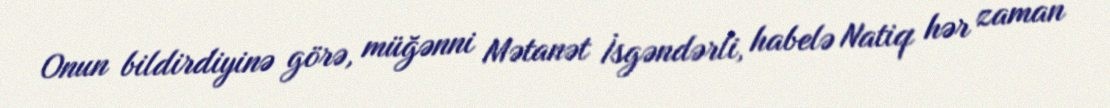
Onun bildirdiyinə görə, müğənni Mətanət İsgəndərli, habelə Natiq hər zaman